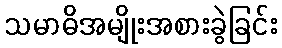
သမာဓိအမျိုးအစားခွဲခြင်း